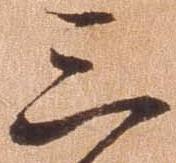
三